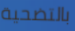
بالتضحية